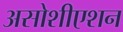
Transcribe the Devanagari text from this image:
असोशीएशन